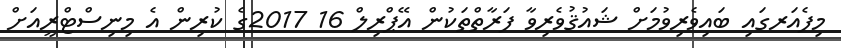
މިފެއަރގައި ބައިވެރިވުމަށް ޝައުޤުވެރިވާ ފަރާތްތަކުން އޭޕްރިލް 16 2017ގެ ކުރިން އެ މިނިސްޓްރީއަށް